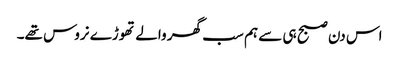
اس دن صبح ہی سے ہم سب گھر والے تھوڑے نروس تھے۔